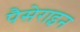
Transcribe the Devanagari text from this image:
पैसेराइन